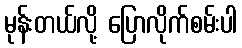
မုန်းတယ်လို့ ပြောလိုက်စမ်းပါ